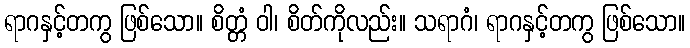
ရာဂနှင့်တကွ ဖြစ်သော။ စိတ္တံ ဝါ၊ စိတ်ကိုလည်း။ သရာဂံ၊ ရာဂနှင့်တကွ ဖြစ်သော။